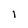
Character: I